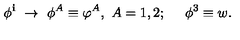
\phi ^ { \bf { i } } \ \rightarrow \ \phi ^ { A } \equiv \varphi ^ { A } , \ A = 1 , 2 ; \quad \ \phi ^ { 3 } \equiv w .